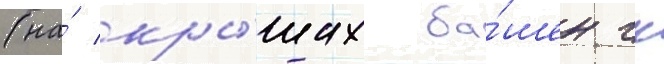
(на́ кры́шах ба́шен гк